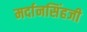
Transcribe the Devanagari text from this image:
मर्दानसिंहजी